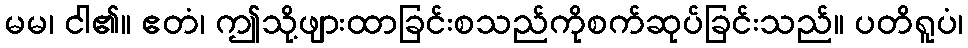
မမ၊ ငါ၏။ ဧတံ၊ ဤသို့ဖျားထာခြင်းစသည်ကိုစက်ဆုပ်ခြင်းသည်။ ပတိရူပံ၊